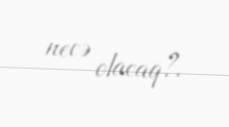
necə olacaq?.